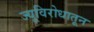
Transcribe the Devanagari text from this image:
ज्यूविरोधातून